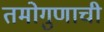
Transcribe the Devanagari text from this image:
तमोगुणाची